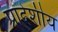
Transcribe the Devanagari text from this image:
प्रादेशीय